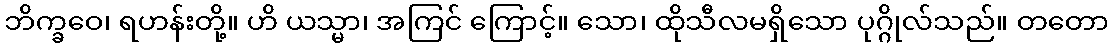
ဘိက္ခဝေ၊ ရဟန်းတို့။ ဟိ ယသ္မာ၊ အကြင် ကြောင့်။ သော၊ ထိုသီလမရှိသော ပုဂ္ဂိုလ်သည်။ တတော